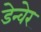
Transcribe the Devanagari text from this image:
डेन्वेर